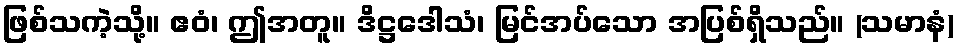
ဖြစ်သကဲ့သို့။ ဧဝံ၊ ဤအတူ။ ဒိဋ္ဌဒေါသံ၊ မြင်အပ်သော အပြစ်ရှိသည်။ (သမာနံ)